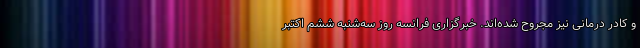
و کادر درمانی نیز مجروح شده‌اند. خبرگزاری فرانسه روز سه‌شنبه ششم اکتبر